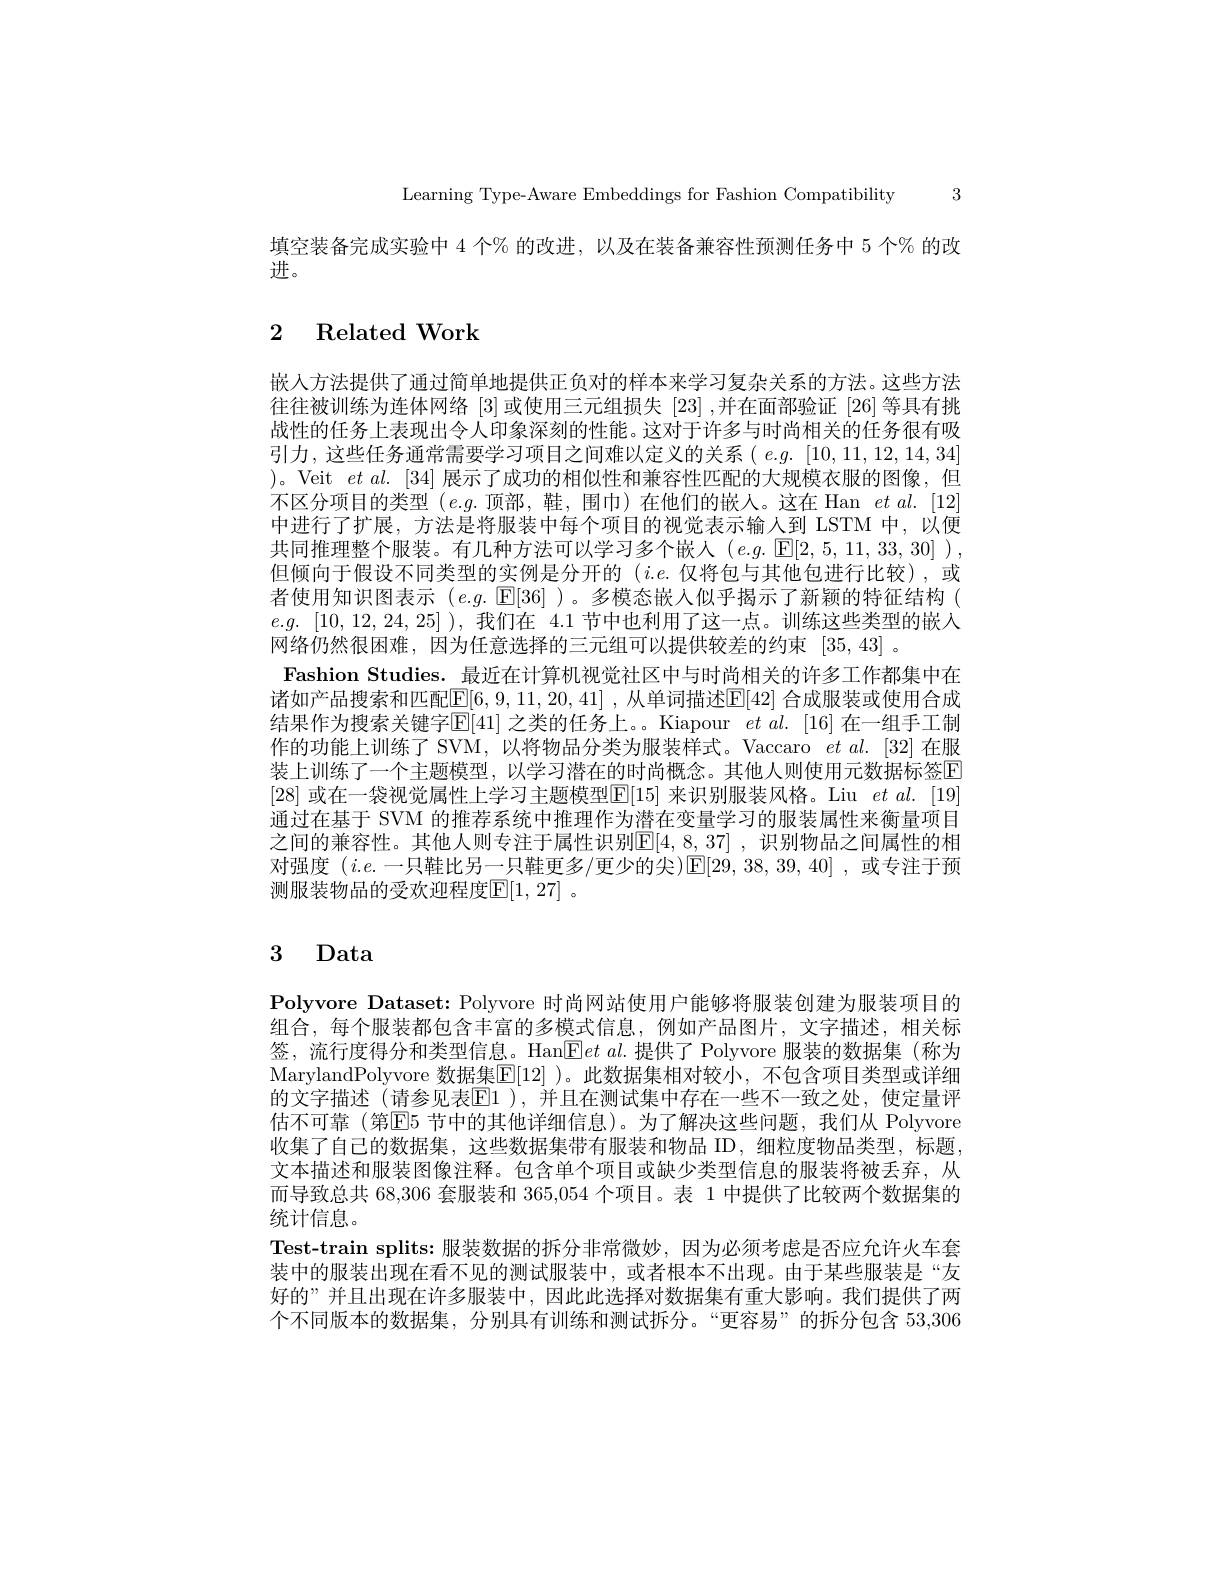
Learning Type-Aware Embeddings for Fashion Compatibility 3

填空装备完成实验中 4 个% 的改进，以及在装备兼容性预测任务中 5 个% 的改
进。

# 2 Related Work

嵌入方法提供了通过简单地提供正负对的样本来学习复杂关系的方法。这些方法往往被训练为连体网络[3]或使用三元组损失[23],并在面部验证 [26] 等具有挑战性的任务上表现出令人印象深刻的性能。这对于许多与时尚相关的任务很有吸引力，这些任务通常需要学习项目之间难以定义的关系( e.g. [10,11,12,14,34] )。Veit $etal.[34]$展示了成功的相似性和兼容性匹配的大规模衣服的图像，但不区分项目的类型($e.g.$顶部，鞋，围巾)在他们的嵌人。这在 Han$etal.[12]$ 中进行了扩展，方法是将服装中每个项目的视觉表示输人到 LSTM 中，以便共同推理整个服装。有几种方法可以学习多个嵌人(e.g. [E[2,5,11,33,30]~), 但倾向于假设不同类型的实例是分开的$(i.e.$仅将包与其他包进行比较),或者使用知识图表示$(e.g.$ $\mathbb{E}[36]$ )。多模态嵌入似乎揭示了新颖的特征结构 ( $e. g.$ [10,12,24,25] ),我们在 4.1 节中也利用了这一点。训练这些类型的嵌人网络仍然很困难，因为任意选择的三元组可以提供较差的约束[35,43]。
Fashion Studies. 最近在计算机视觉社区中与时尚相关的许多工作都集中在诸如产品搜索和匹配[6,9,11,20,41] ,从单词描述E[42] 合成服装或使用合成结果作为搜索关键字E[41] 之类的任务上。Kiapour $et\textit{al. [ 16] 在 一 组 手 工 制 }$ 作的功能上训练了 SVM,以将物品分类为服装样式。Vaccaro $etal.$ [32]在服装上训练了一个主题模型，以学习潜在的时尚概念。其他人则使用元数据标签E [28]或在一袋视觉属性上学习主题模型E[15] 来识别服装风格。Liu $et\textit{al. [ 19] }$ 通过在基于 SVM 的推荐系统中推理作为潜在变量学习的服装属性来衡量项目之间的兼容性。其他人则专注于属性识别$\mathbb{E} [ 4, 8, 37]$ ,识别物品之间属性的相对强度 $(i.e.$一只鞋比另一只鞋更多/更少的尖$)[\mathbb{E}[29,38,39,40]$,或专注于预测服装物品的受欢迎程度$\mathbb{E}[1,27]$ 。

# 3 Data

Polyvore Dataset: Polyvore 时尚网站使用户能够将服装创建为服装项目的组合，每个服装都包含丰富的多模式信息，例如产品图片，文字描述，相关标签，流行度得分和类型信息。Han|E$et\textit{ al. 提 供 了 Polyvore 服 装 的 数 据 集 ( 称 为 }$ MarylandPolyvore 数据集$\mathbb{E}[12]$ )。此数据集相对较小，不包含项目类型或详细的文字描述(请参见表E1 ),并且在测试集中存在一些不一致之处，使定量评估不可靠 (第E5 节中的其他详细信息)。为了解决这些问题，我们从 Polyvore 收集了自己的数据集，这些数据集带有服装和物品 ID,细粒度物品类型，标题文本描述和服装图像注释。包含单个项目或缺少类型信息的服装将被丢弃，从而导致总共 68,306 套服装和 365,054 个项目。表 1 中提供了比较两个数据集的统计信息。
Test-train splits:服装数据的拆分非常微妙，因为必须考虑是否应允许火车套装中的服装出现在看不见的测试服装中，或者根本不出现。由于某些服装是“友好的”并且出现在许多服装中，因此此选择对数据集有重大影响。我们提供了两个不同版本的数据集，分别具有训练和测试拆分。“更容易”的拆分包含 53,306